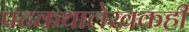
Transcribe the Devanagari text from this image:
पटकथालेखकही